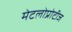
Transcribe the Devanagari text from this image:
मेटलोप्रोटीज